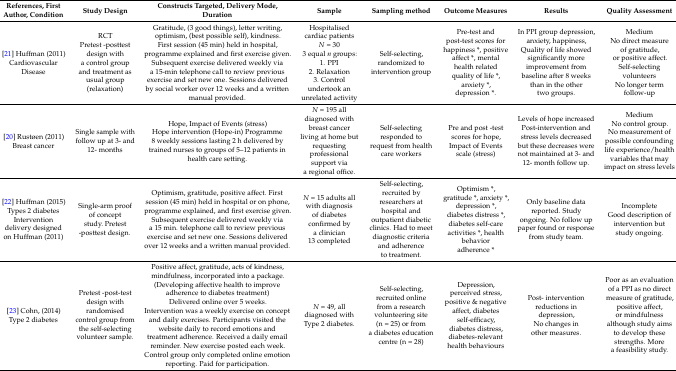
<table><thead><tr><td><b>References, First Author, Condition</b></td><td><b>Study Design</b></td><td><b>Constructs Targeted, Delivery Mode, Duration</b></td><td><b>Sample</b></td><td><b>Sampling method</b></td><td><b>Outcome Measures</b></td><td><b>Results</b></td><td><b>Quality Assessment</b></td></tr></thead><tbody><tr><td>[21] Huffman (2011)Cardiovascular Disease</td><td>RCTPretest -posttest design with a control group and treatment as usual group (relaxation)</td><td>Gratitude, (3 good things), letter writing, optimism, (best possible self), kindness.First session (45 min) held in hospital, programme explained and first exercise given. Subsequent exercise delivered weekly via a 15-min telephone call to review previous exercise and set new one. Sessions delivered by social worker over 12 weeks and a written manual provided.</td><td>Hospitalised cardiac patients <i>N</i> = 303 equal <i>n</i> groups:1. PPI 2. Relaxation3. Control undertook an unrelated activity</td><td>Self-selecting, randomized to intervention group</td><td>Pre-test and post-test scores for happiness *, positive affect *, mental health related quality of life *, anxiety *, depression *.</td><td>In PPI group depression, anxiety, happiness, Quality of life showed significantly more improvement from baseline after 8 weeks than in the other two groups.</td><td>Medium No direct measure of gratitude, or positive affect.Self-selecting volunteers No longer term follow-up</td></tr><tr><td>[20] Rustøen (2011)Breast cancer</td><td>Single sample with follow up at 3- and 12- months</td><td>Hope, Impact of Events (stress)Hope intervention (Hope-in) Programme8 weekly sessions lasting 2 h delivered by trained nurses to groups of 5–12 patients in health care setting.</td><td><i>N</i> = 195 all diagnosed with breast cancer living at home but requesting professional support via a regional office.</td><td>Self-selecting responded to request from health care workers</td><td>Pre and post -test scores for hope, Impact of Events scale (stress)</td><td>Levels of hope increased Post-intervention and stress levels decreased but these decreases were not maintained at 3- and 12- month follow up.</td><td>MediumNo control group. No measurement of possible confounding life experience/health variables that may impact on stress levels</td></tr><tr><td>[22] Huffman (2015)Types 2 diabetesIntervention delivery designed on Huffman (2011)</td><td>Single-arm proof of concept study. Pretest -posttest design.</td><td>Optimism, gratitude, positive affect. First session (45 min) held in hospital or on phone, programme explained, and first exercise given. Subsequent exercise delivered weekly via a 15 min. telephone call to review previous exercise and set new one. Sessions delivered over 12 weeks and a written manual provided.</td><td><i>N</i> = 15 adults all with diagnosis of diabetes confirmed by a clinician13 completed</td><td>Self-selecting, recruited by researchers at hospital and outpatient diabetic clinics. Had to meet diagnostic criteria and adherence to treatment.</td><td>Optimism *, gratitude *, anxiety *, depression *, diabetes distress *, diabetes self-care activities *, health behavior adherence *</td><td>Only baseline data reported. Study ongoing. No follow up paper found or response from study team.</td><td>IncompleteGood description of intervention but study ongoing.</td></tr><tr><td>[23] Cohn, (2014)Type 2 diabetes</td><td>Pretest -post-test design with randomised control group from the self-selecting volunteer sample.</td><td>Positive affect, gratitude, acts of kindness, mindfulness, incorporated into a package. (Developing affective health to improve adherence to diabetes treatment)Delivered online over 5 weeks.Intervention was a weekly exercise on concept and daily exercises. Participants visited the website daily to record emotions and treatment adherence. Received a daily email reminder. New exercise posted each week. Control group only completed online emotion reporting. Paid for participation.</td><td><i>N</i> = 49, all diagnosed with Type 2 diabetes.</td><td>Self-selecting, recruited online from a research volunteering site (n = 25) or from a diabetes education centre (n = 28)</td><td>Depression, perceived stress, positive &amp; negative affect, diabetes self-efficacy, diabetes distress, diabetes-relevant health behaviours</td><td>Post- intervention reductions in depression, No changes in other measures.</td><td>Poor as an evaluation of a PPI as no direct measure of gratitude, positive affect, or mindfulness although study aims to develop these strengths. More a feasibility study.</td></tr></tbody></table>